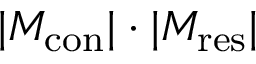
| M _ { \mathrm { { c o n } } } | \cdot | M _ { \mathrm { { r e s } } } |